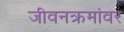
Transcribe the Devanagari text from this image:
जीवनक्रमांवर